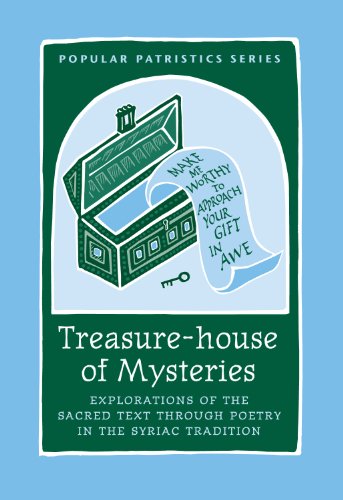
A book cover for Treasure-house of Mysteries: Explorations of the Sacred Text through Poetry in the Syriac Tradition, PPS 45 (Popular Patristics); Sebastian Brock; Christian Books & Bibles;